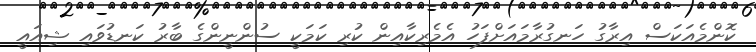
ކޮންމެއަކަސް އިރާގު ހަނގުރާމައަށްފަހު އެމެރިކާއިން ކުރި ކަމަކީ ސުންނީންގެ ބާރު ކަނޑުވައި ޝިއައީ